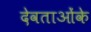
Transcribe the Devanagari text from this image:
देवताओंके